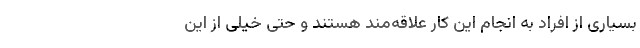
بسیاری از افراد به انجام این کار علاقه‌مند هستند و حتی خیلی از این